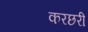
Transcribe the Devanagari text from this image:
करछरी